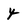
Character: 4